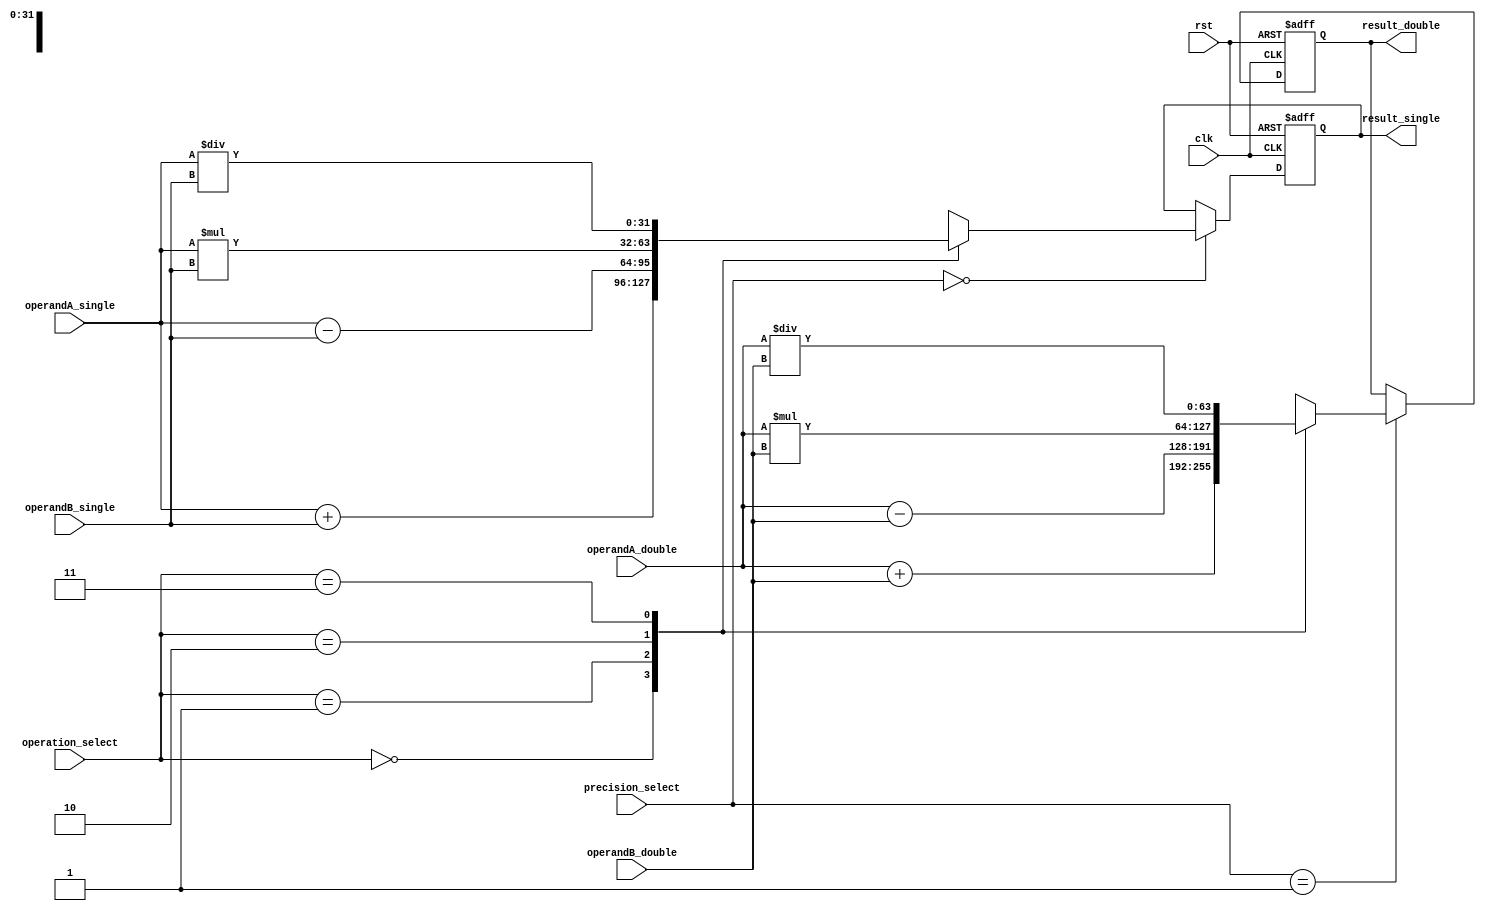
module MixedPrecisionFloatingPointUnit (
    input wire clk,
    input wire rst,
    input wire [31:0] operandA_single,
    input wire [63:0] operandA_double,
    input wire [31:0] operandB_single,
    input wire [63:0] operandB_double,
    input wire [1:0] precision_select, // 00: single-precision, 01: double-precision
    input wire [1:0] operation_select, // 00: addition, 01: subtraction, 10: multiplication, 11: division
    output reg [31:0] result_single,
    output reg [63:0] result_double
);

reg [63:0] result_temp;

always @(posedge clk or posedge rst) begin
    if (rst) begin
        result_single <= 32'd0;
        result_double <= 64'd0;
        result_temp <= 64'd0;
    end else begin
        case(precision_select)
            2'b00: begin // Single-precision arithmetic
                case(operation_select)
                    2'b00: result_single <= operandA_single + operandB_single; // Addition
                    2'b01: result_single <= operandA_single - operandB_single; // Subtraction
                    2'b10: result_single <= operandA_single * operandB_single; // Multiplication
                    2'b11: result_single <= operandA_single / operandB_single; // Division
                endcase
            end
            2'b01: begin // Double-precision arithmetic
                case(operation_select)
                    2'b00: result_double <= operandA_double + operandB_double; // Addition
                    2'b01: result_double <= operandA_double - operandB_double; // Subtraction
                    2'b10: result_double <= operandA_double * operandB_double; // Multiplication
                    2'b11: result_double <= operandA_double / operandB_double; // Division
                endcase
            end
        endcase
    end
end

endmodule